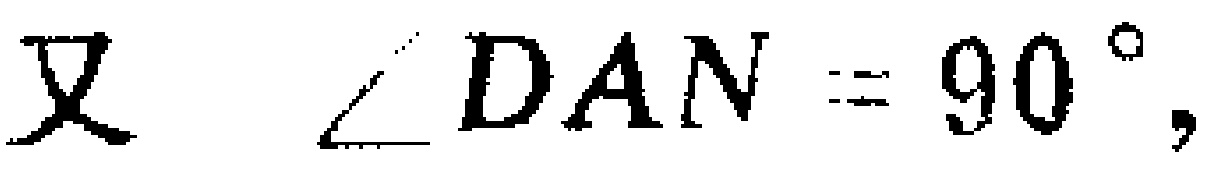
又 $\angle DAN = 90^{\circ},$